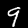
Digit: 9